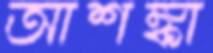
আশঙ্কা